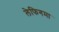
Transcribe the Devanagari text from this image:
लेफिगमा